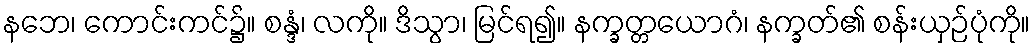
နဘေ၊ ကောင်းကင်၌။ စန္ဒံ၊ လကို။ ဒိသွာ၊ မြင်ရ၍။ နက္ခတ္တယောဂံ၊ နက္ခတ်၏ စန်းယှဉ်ပုံကို။